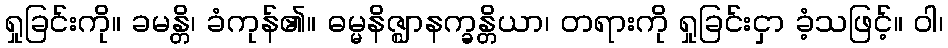
ရှုခြင်းကို။ ခမန္တိ၊ ခံကုန်၏။ ဓမ္မနိဇ္ဈာနက္ခန္တိယာ၊ တရားကို ရှုခြင်းငှာ ခံ့သဖြင့်။ ဝါ၊